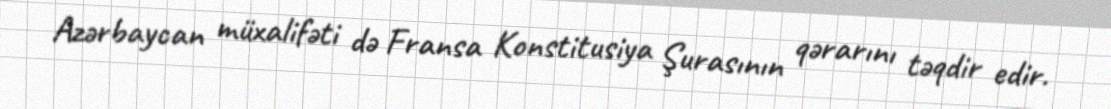
Azərbaycan müxalifəti də Fransa Konstitusiya Şurasının qərarını təqdir edir.